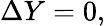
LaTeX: \Delta Y=0,